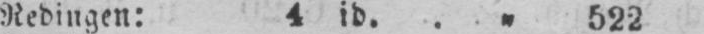
Redingen: 4 id. .„ 522